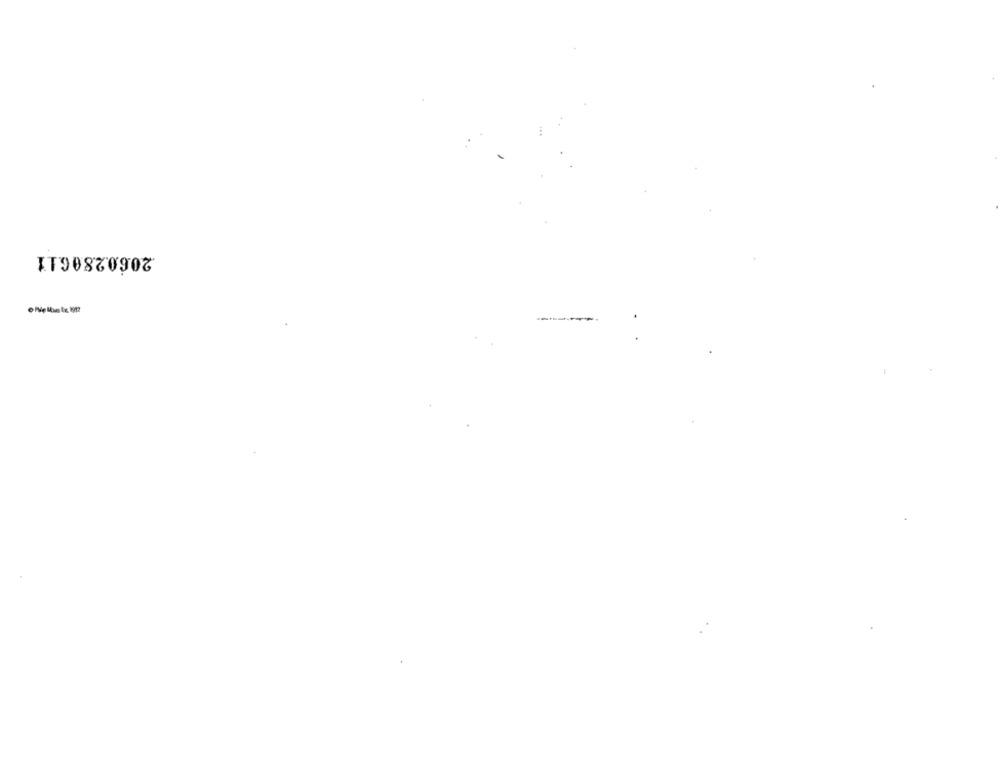
2060280611